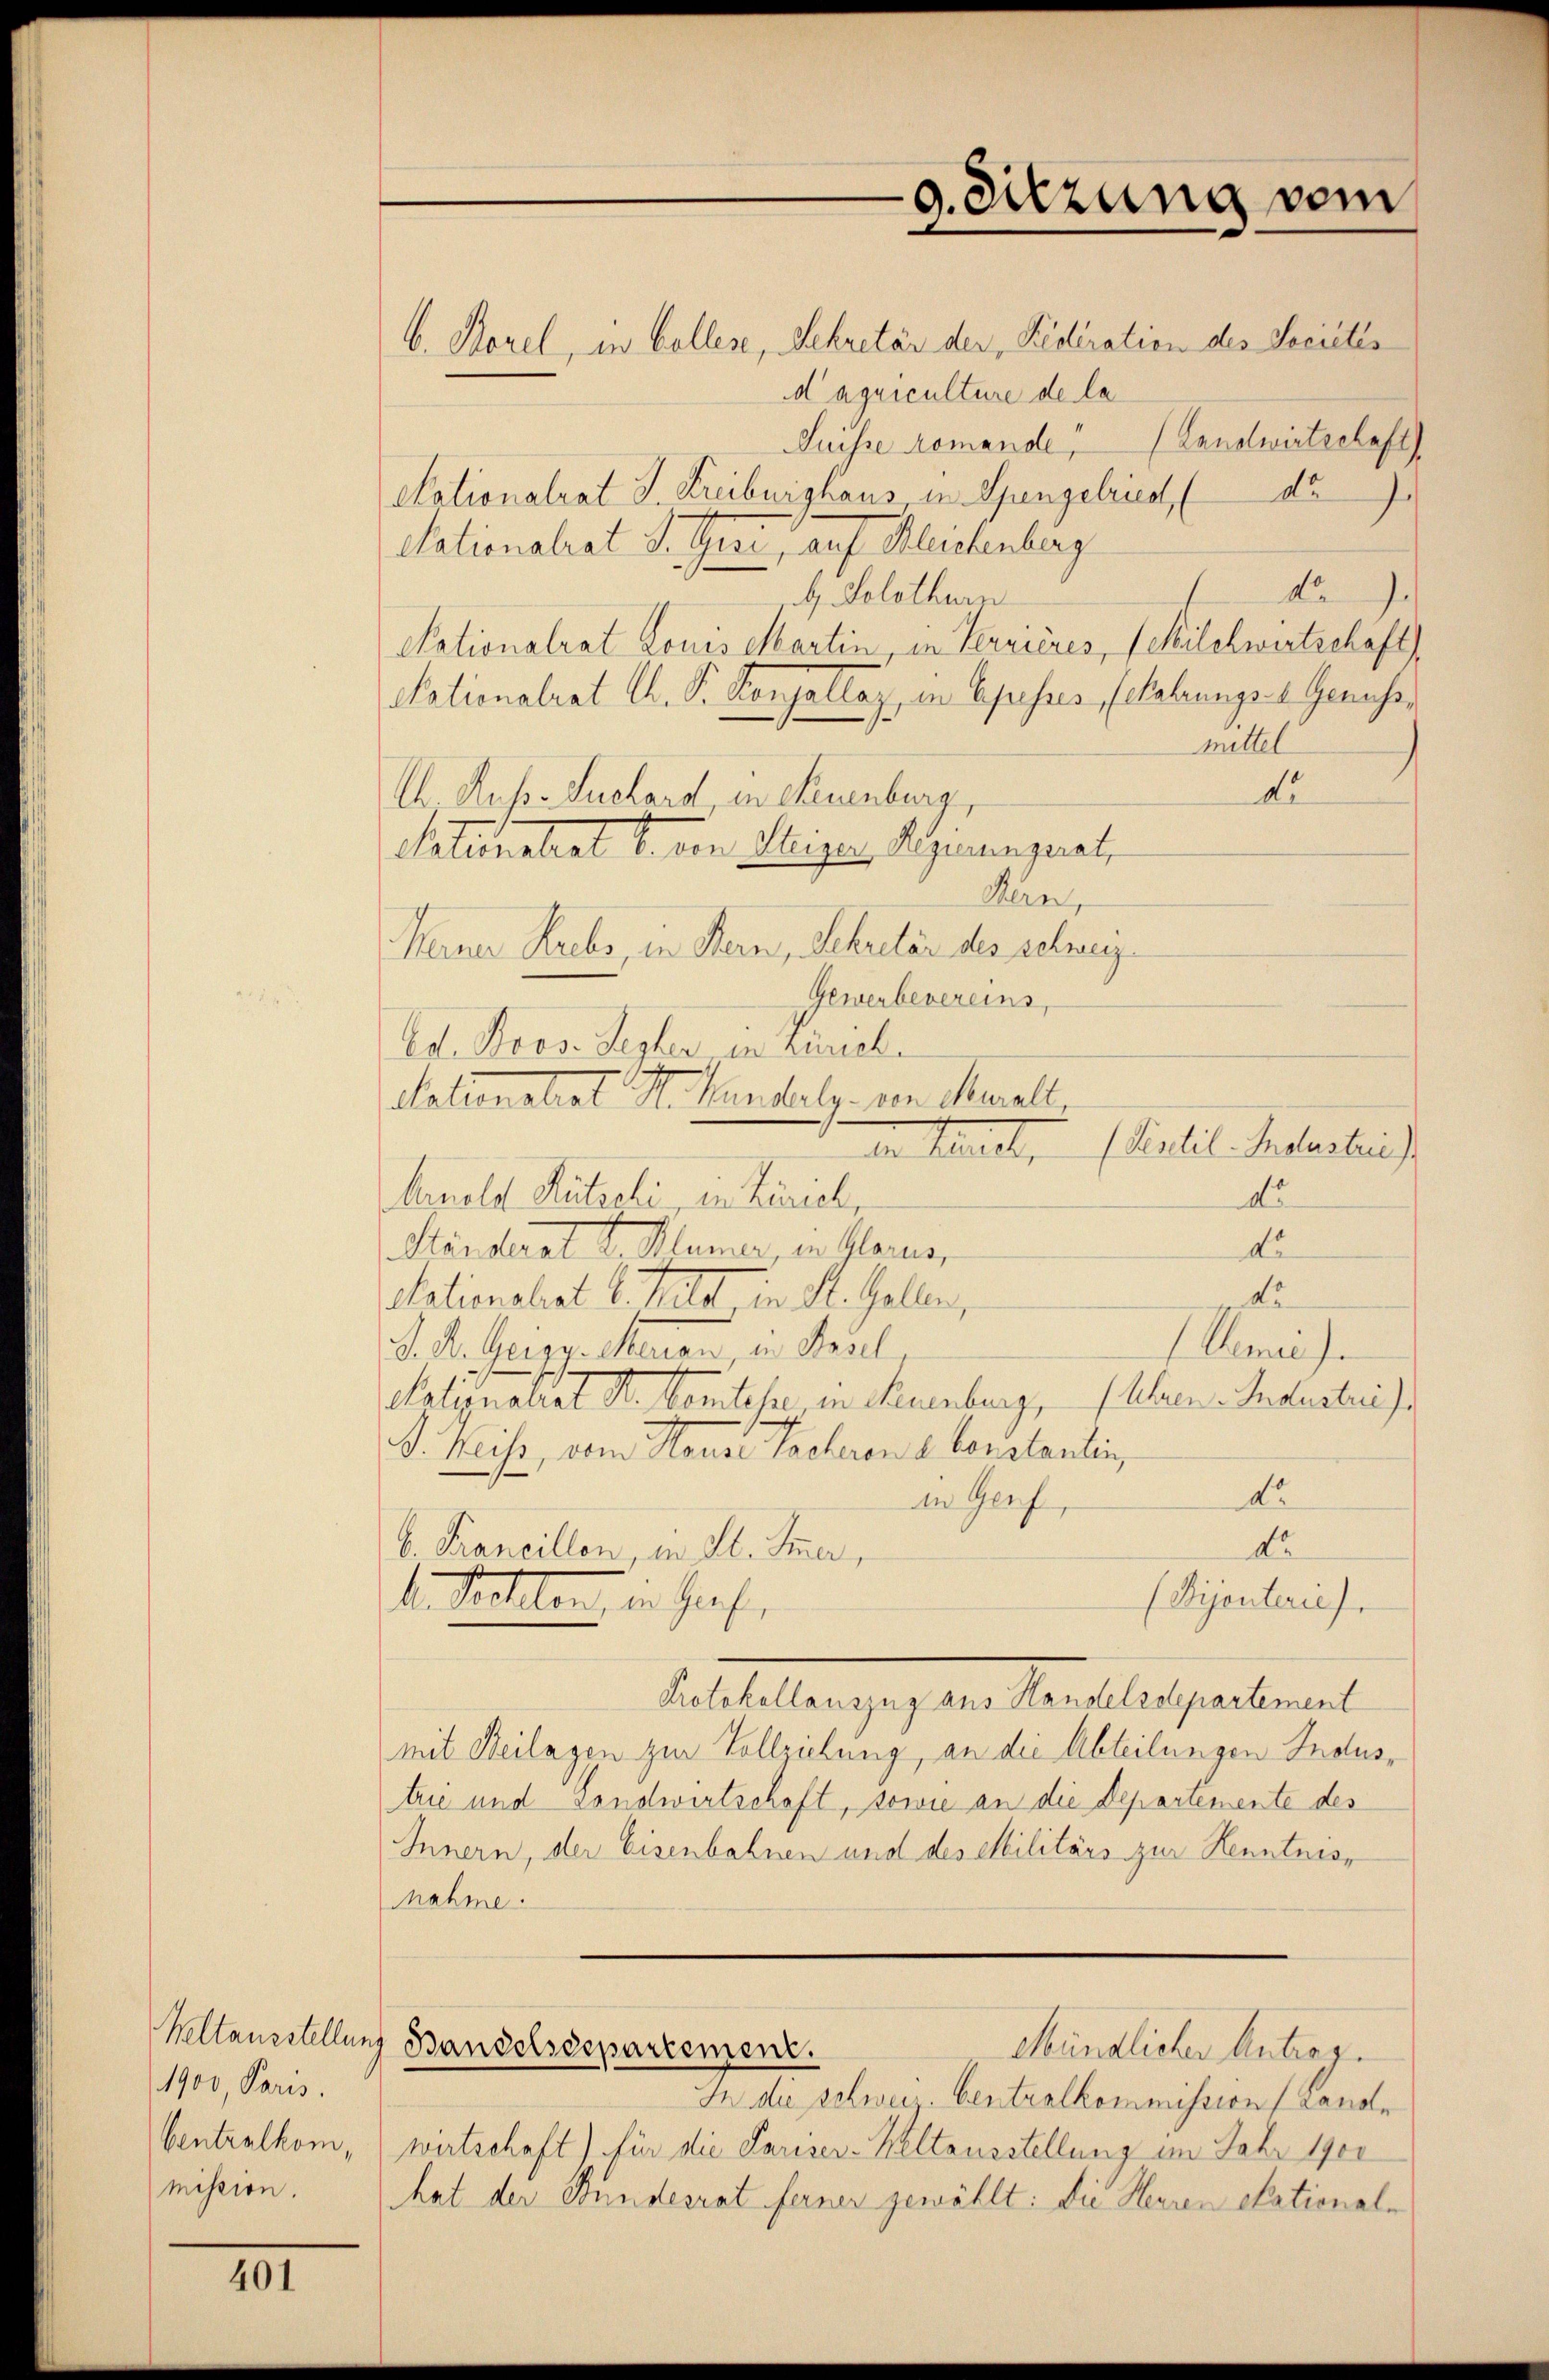
1900 Paris.
Centralkom,
mission.

401

b. Sorel, in Collese, Sekretär der Federation des Secretis
daquiculture de la
Suisse romande Landwirtschaft)
do
Nationalrat J. Kreiburghaus u. Spengelriest, (
e
Nationalrat J. Geri, auf Kleidenberg
k. J.
b. Solothurn
Nationalrat Louis Martin, in Terrieres, Milchwirtschaft
Nationalrat Ch. P. Konzellaz, in Episses, (cahrungs- Genuss,
mittel
de
U. Russ. Suchard, in Neuenburg.
Patenetial u. von Weigen, Regimengerat,
Kan,
Werner Krebs, in Bern, Sekretär des schweize
Gewerbevereins,
Ed. Bros. Septer in Zürich.
datienstet Hr. Kansatz. von Mariell
(Sentil-Industrie)
de Mauert,
do
Marnold Mützeli, in Zürich,
do
Kinderat v. Manner, in Glarner
do
sationshat l. tritt in St. Gallen,
Leni).
S. K. Grespectoren, ein Teil,
Nationalrat Dr. Komitese in Neuenburg, Uhren Industris
F. Kreiss, vom Haus Tscheren d. Constanten,
do
in Genf,
da
b. Franeillen, in St. Immer,
(Dijenterie).
de. Sollten, in Graf,
Protokollauszug aus Handelsdepartement
Mit Beilagen zur Vollziehung, an die Abteilungen Indus,
trie und Landwirtschaft, sowie an die Departemente des
Innern, der Eisenbahnen und des Militärs zur Kenntnisnahme.
Keltausstellung Bandelsdepartement.
eundlicher Antrag.
H. die schwei. Centralkommission (Landwirtschaft) für die Pariser-Keltausstellung im Jahr 1900
hat der Bundesrat ferner gewählt: die Herren Stationale

g. Sitzung vom